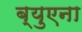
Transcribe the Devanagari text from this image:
ब्युएना